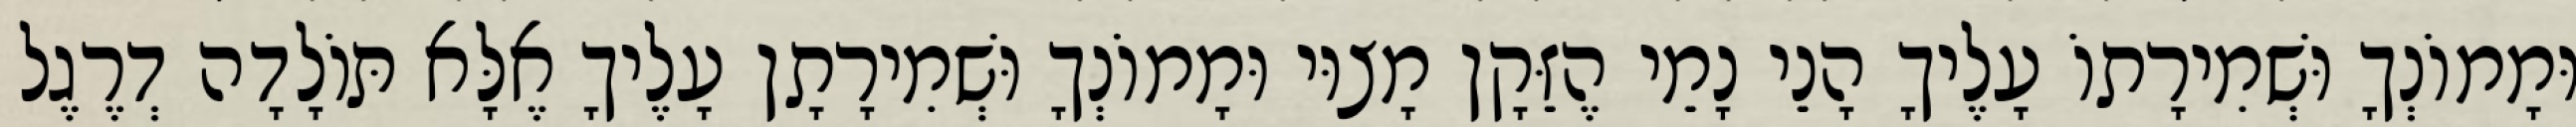
וּמָמוֹנְךָ וּשְׁמִירָתוֹ עָלֶיךָ הָנֵי נָמֵי הֶזֵּקָן מָצוּי וּמָמוֹנְךָ וּשְׁמִירָתָן עָלֶיךָ אֶלָּא תּוֹלָדָה דְרֶגֶל